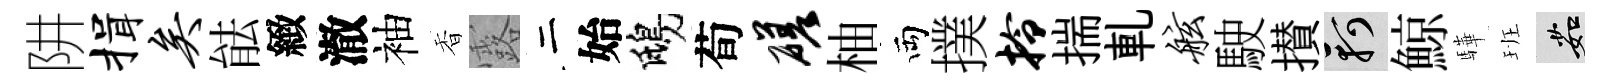
阱揖矣䏻緻澈袖香露二始鴟荀磋柚両撲拎揣軋舷駛攅軻鯨驊班茹